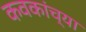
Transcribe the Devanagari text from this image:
कवकांच्या